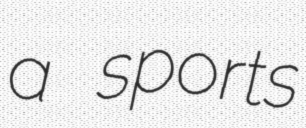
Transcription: a sports